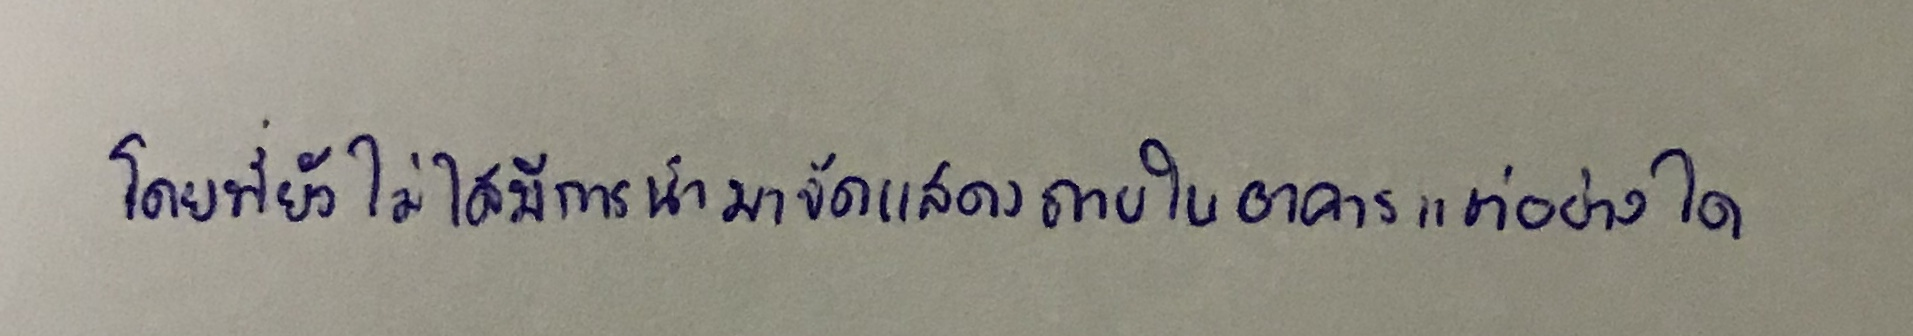
โดยที่ยังไม่ได้มีการนำมาจัดแสดงภายในอาคารแต่อย่างใด